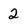
Character: 2